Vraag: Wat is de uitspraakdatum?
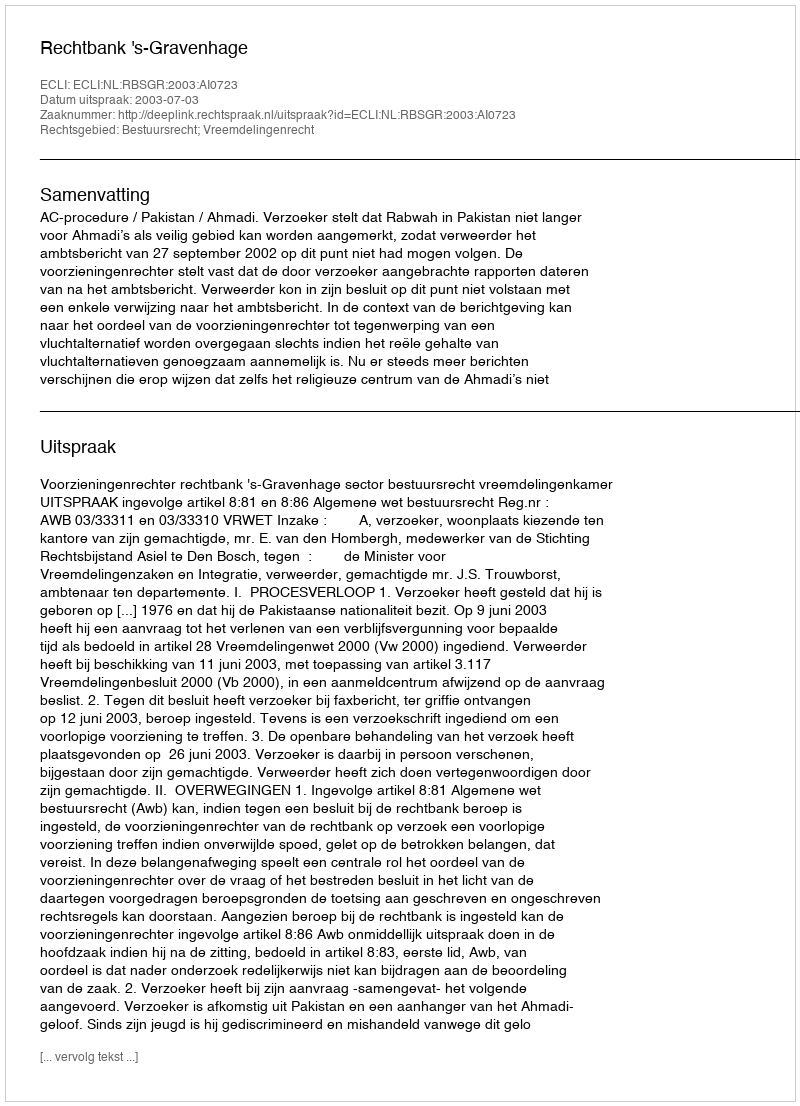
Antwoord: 2003-07-03